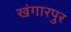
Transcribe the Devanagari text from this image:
खंगारपुर